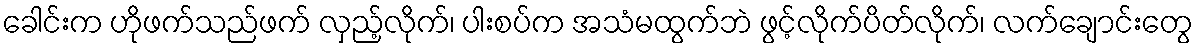
ခေါင်းက ဟိုဖက်သည်ဖက် လှည့်လိုက်၊ ပါးစပ်က အသံမထွက်ဘဲ ဖွင့်လိုက်ပိတ်လိုက်၊ လက်ချောင်းတွေ